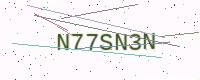
Text: N77SN3N